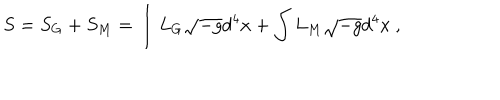
LaTeX: S = S _ { G } + S _ { M } = \int L _ { G } \sqrt { - g } d ^ { 4 } x + \int L _ { M } \sqrt { - g } d ^ { 4 } x \ ,